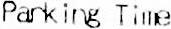
PARKING TIME